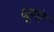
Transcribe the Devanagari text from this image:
धूमो